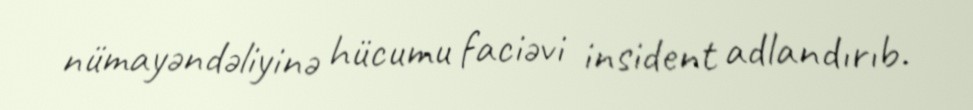
nümayəndəliyinə hücumu faciəvi insident adlandırıb.